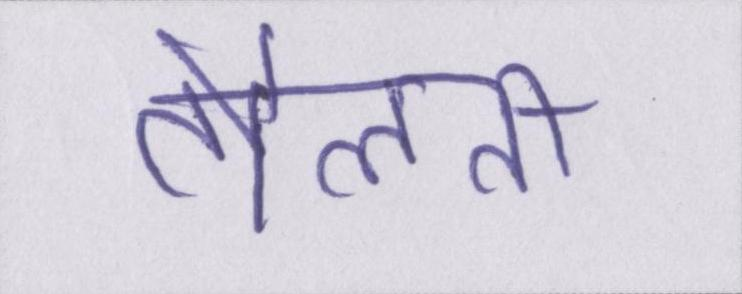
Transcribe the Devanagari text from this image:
तौलती